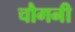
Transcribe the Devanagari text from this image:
चौगनी